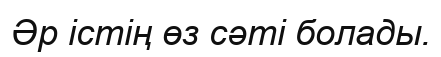
Әр істің өз сәті болады.